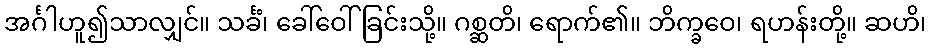
အင်္ဂါဟူ၍သာလျှင်။ သင်္ခံ၊ ခေါ်ဝေါ်ခြင်းသို့။ ဂစ္ဆတိ၊ ရောက်၏။ ဘိက္ခဝေ၊ ရဟန်းတို့။ ဆဟိ၊